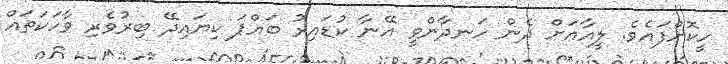
ހީކޮށްފައެވެ. ލީއާއަށް ދެން ހަނދާންވީ އޭނާ ކުޑައިރު ބައްޕަ ކިޔައިދޭ ބިރުވެރި ވާހަކަތައް